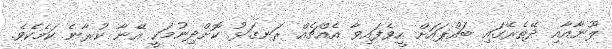
ލޫނާއާއި ދޭތެރޭގައި ބައްޕައަށް ހީވެފައިވާ އެއްޗެއް ރަނގަޅު ކޮށްދިނުމަކީ އޭނާ ކުރާނެ ކަމެކެވެ.